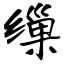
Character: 缫